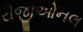
રીજીઓનલ